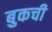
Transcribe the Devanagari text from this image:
बुकची